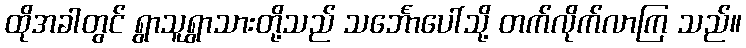
ထိုအခါတွင် ရွာသူရွာသားတို့သည် သင်္ဘောပေါ်သို့ တက်လိုက်လာကြ သည်။